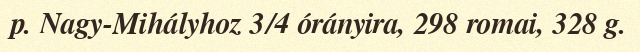
p. Nagy-Mihályhoz 3/4 órányira, 298 romai, 328 g.